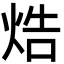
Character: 焅